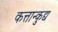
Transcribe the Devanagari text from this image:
कत्तान्कुद्य